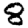
Digit: 8